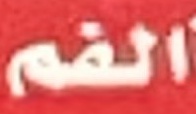
الفم